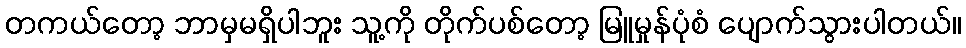
တကယ်တော့ ဘာမှမရှိပါဘူး သူ့ကို တိုက်ပစ်တော့ မြူမှုန်ပုံစံ ပျောက်သွားပါတယ်။